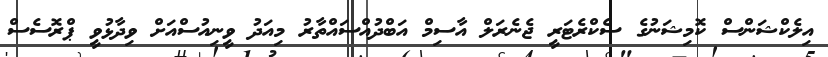
އިލެކްޝަންސް ކޮމިޝަނުގެ ސެކްރެޓަރީ ޖެނެރަލް އާސިމް އަބްދުއްސައްތާރު މިއަދު ވީނިއުސްއަށް ވިދާޅުވީ ޕްރޮސެސް